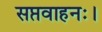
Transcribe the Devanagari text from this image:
सप्तवाहनः।